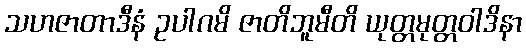
သဟဇာတာဒီနံ ဥပါဂမိ ဇာတိဘူမီတိ ယုတ္တမုတ္တဝါဒိနာ